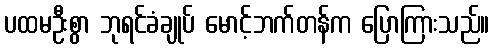
ပထမဦးစွာ ဘုရင်ခံချုပ် မောင့်ဘက်တန်က ပြောကြားသည်။